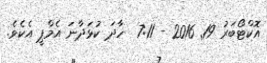
އޮކްޓޯބަރު 19